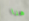
هنا